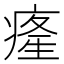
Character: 𤸇